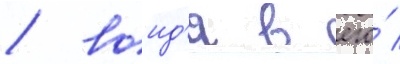
/ воид'я в его́